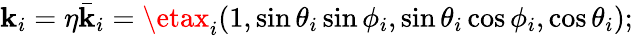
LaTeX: \mathbf{k}_{i}=\eta\bar{{\mathbf{k}}}_{i}=\etax_{i}(1,\sin\theta_{i}\sin\phi_{i},\sin\theta_{i}\cos\phi_{i},\cos\theta_{i});